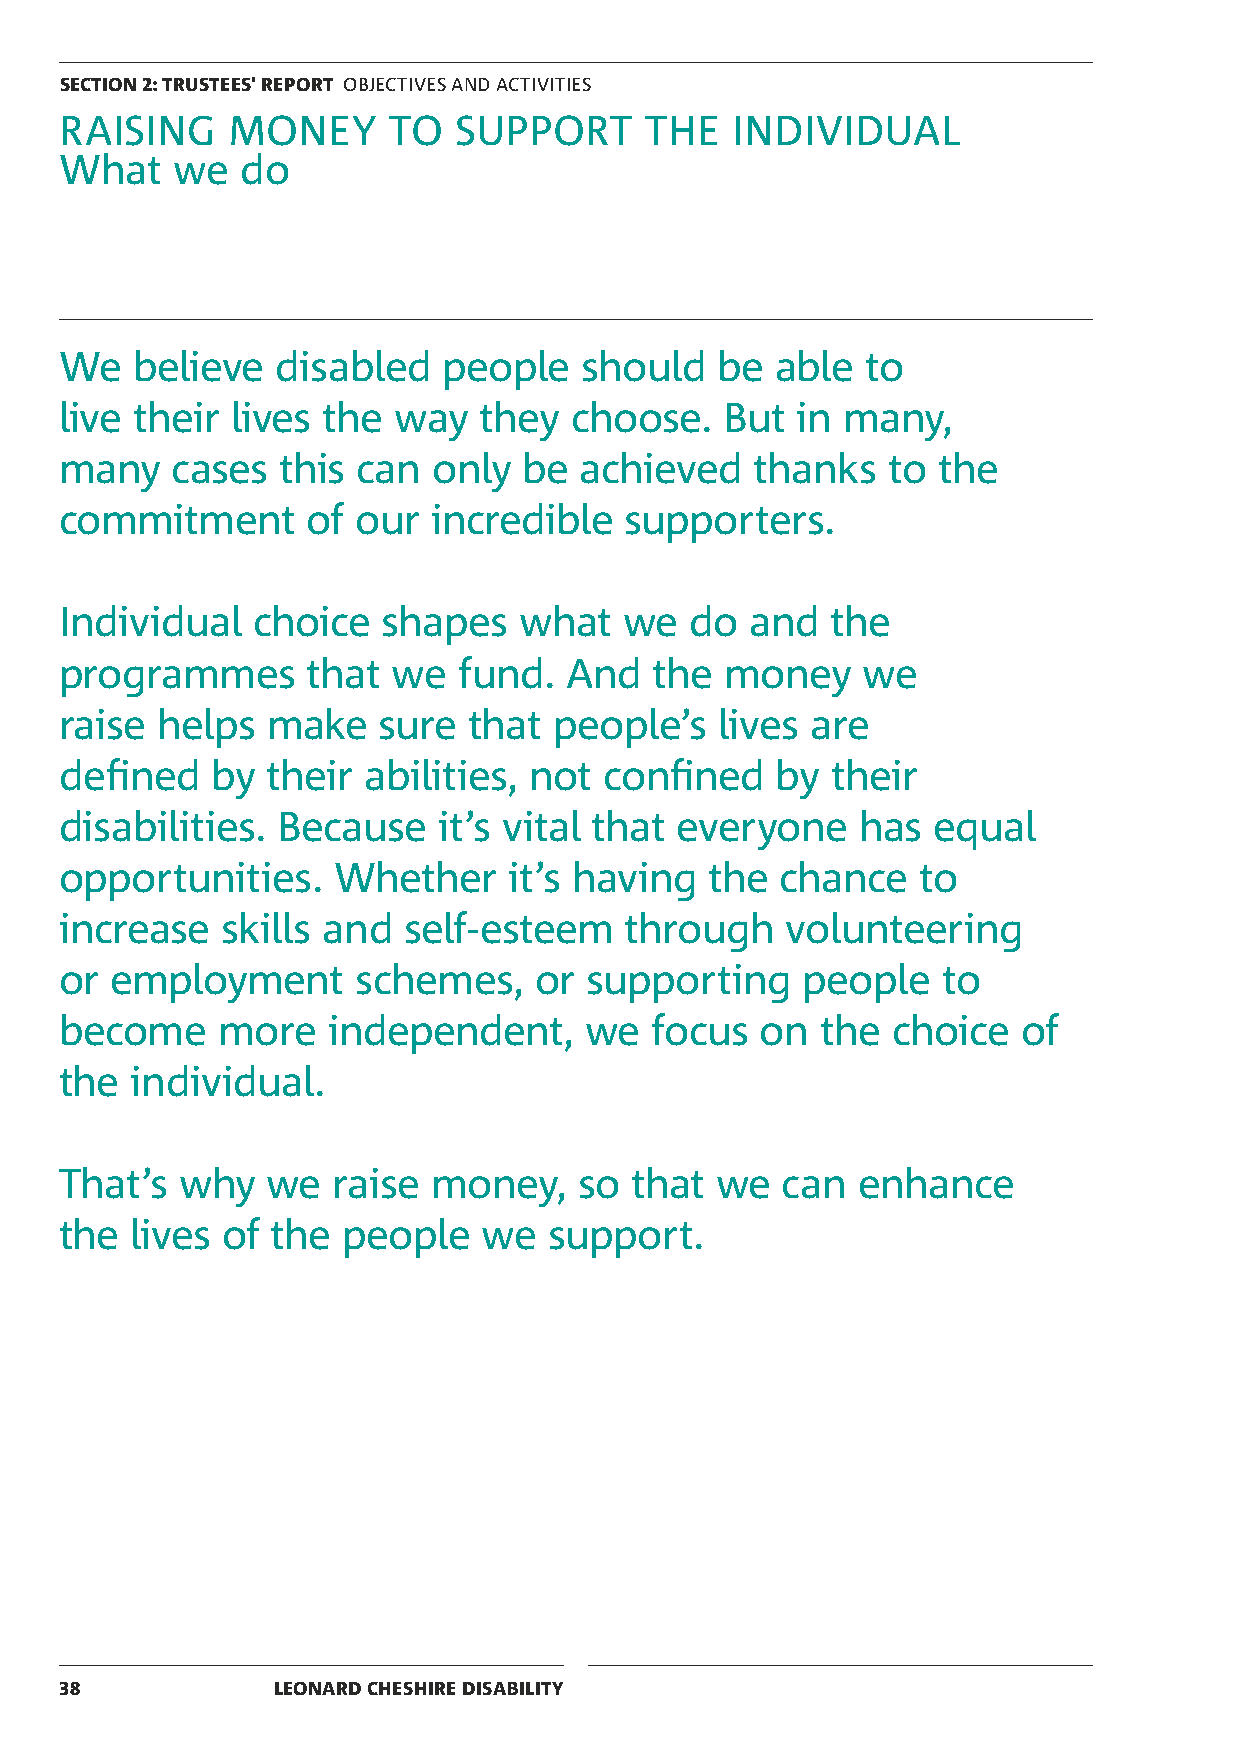
SECTION 2: TRUSTEES' REPORT OBJECTIVES AND ACTIVITIES
 RAISING    MONEY      TO  SUPPORT      THE   INDIVIDUAL
 What   we   do
 We   believe  disabled   people   should   be  able  to
 live their lives the  way   they  choose.   But  in many,
 many   cases   this can  only  be achieved    thanks   to the
 commitment      of  our  incredible  supporters.
 Individual   choice  shapes   what   we   do  and  the
 programmes      that  we  fund.  And   the  money    we
 raise helps   make   sure  that  people’s   lives are
 defined   by  their abilities, not  confined   by  their
 disabilities. Because    it’s vital that everyone    has  equal
 opportunities.    Whether     it’s having  the  chance   to
 increase   skills and  self-esteem   through    volunteering
 or employment       schemes,   or  supporting    people   to
 become    more    independent,     we  focus  on  the  choice   of
 the  individual.
 That’s  why   we  raise  money,   so  that we   can  enhance
 the  lives of the  people   we  support.
 38            LEONARD CHESHIRE DISABILITY